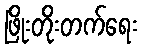
ဖြိုးတိုးတက်ရေး